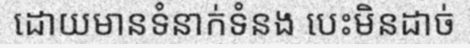
ដោយមានទំនាក់ទំនង បេះមិនដាច់